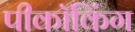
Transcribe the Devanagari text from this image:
पीकॉकिंग